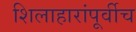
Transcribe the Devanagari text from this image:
शिलाहारांपूर्वीच